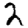
Digit: 2